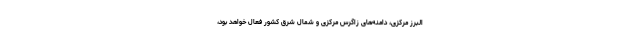
البرز مرکزی، دامنه‌های زاگرس مرکزی و شمال شرق کشور فعال خواهد بود،